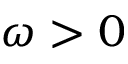
\omega > 0